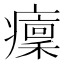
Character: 癛